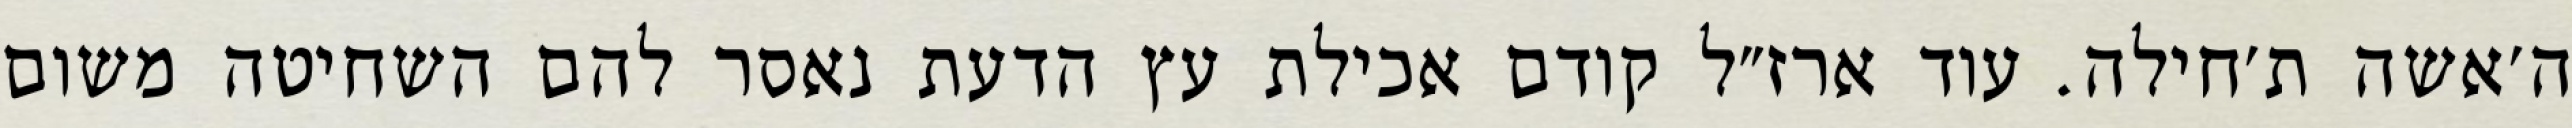
ה׳אשה ת׳חילה. עוד ארז״ל קודם אכילת עץ הדעת נאסר להם השחיטה משום